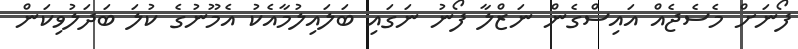
ފޯނަށް މެސެޖެއް އައިސްގެން ނަޒްލާ ފޯނު ނަގައި ބަލައިލުމާއެކު އެމޫނުގެ ކުލަ ބަދަލުވިކަން